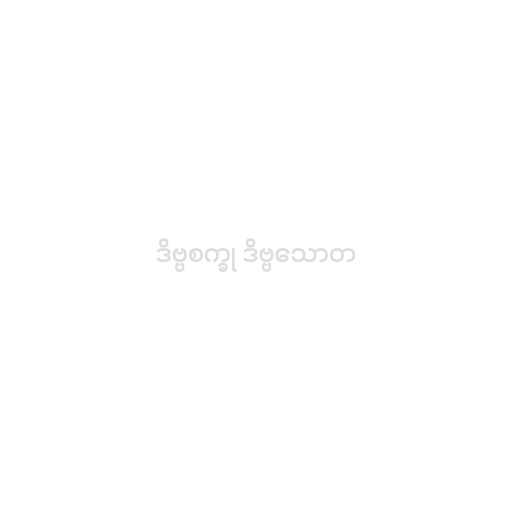
ဒိဗ္ဗစက္ခု ဒိဗ္ဗသောတ